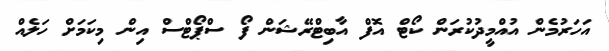
އަހަރުމެން އުއްމީދުކުރަން ކޯޓް އޮފް އާބިޓްރޭޝަން ފޯ ސްޕޯޓްސް އިން މިކަމަށް ހަލެއް